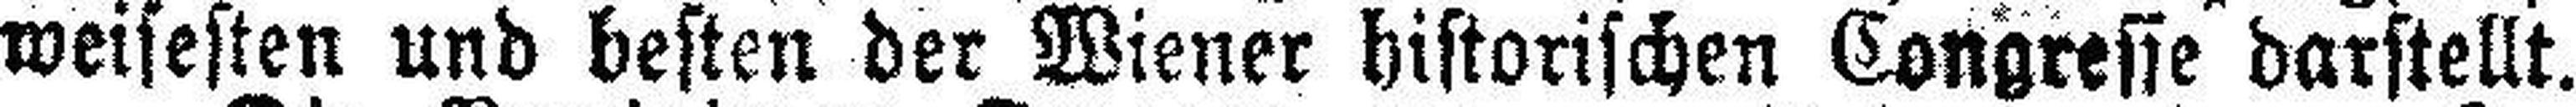
weisesten und besten der Wiener historischen Kongresse darstellt.